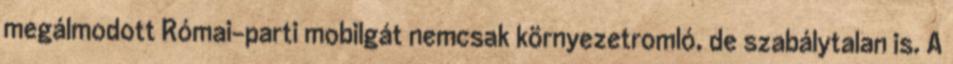
megálmodott Római-parti mobilgát nemcsak környezetromló, de szabálytalan is. A